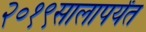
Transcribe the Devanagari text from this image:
२०१९सालापर्यंत